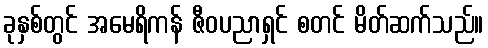
ခုနှစ်တွင် အမေရိကန် ဇီဝပညာရှင် စတင် မိတ်ဆက်သည်။